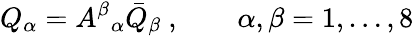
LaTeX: Q_{\alpha}={A^{\beta}}_{\alpha}\bar{Q}_{\beta}~,\qquad\alpha,\beta=1,\ldots,8